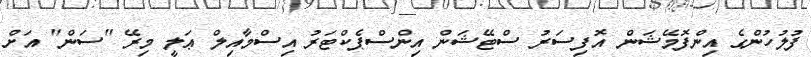
ފުލުހުންގެ އިންފޮމޭޝަން އޮފިސަރު ސްޓޭޝަން އިންސްޕެކްޓަރު އިސްމާއިލް ޢަލީ މިރޭ "ސަން" އަށް